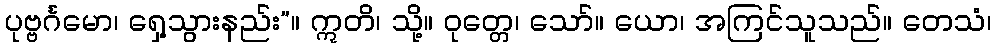
ပုဗ္ဗင်္ဂမော၊ ရှေ့သွားနည်း”။ ဣတိ၊ သို့။ ဝုတ္တေ၊ သော်။ ယော၊ အကြင်သူသည်။ တေသံ၊